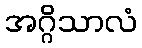
အဂ္ဂိသာလံ